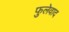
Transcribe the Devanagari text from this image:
फुलेवाद